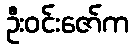
ဦးဝင်းဇော်က